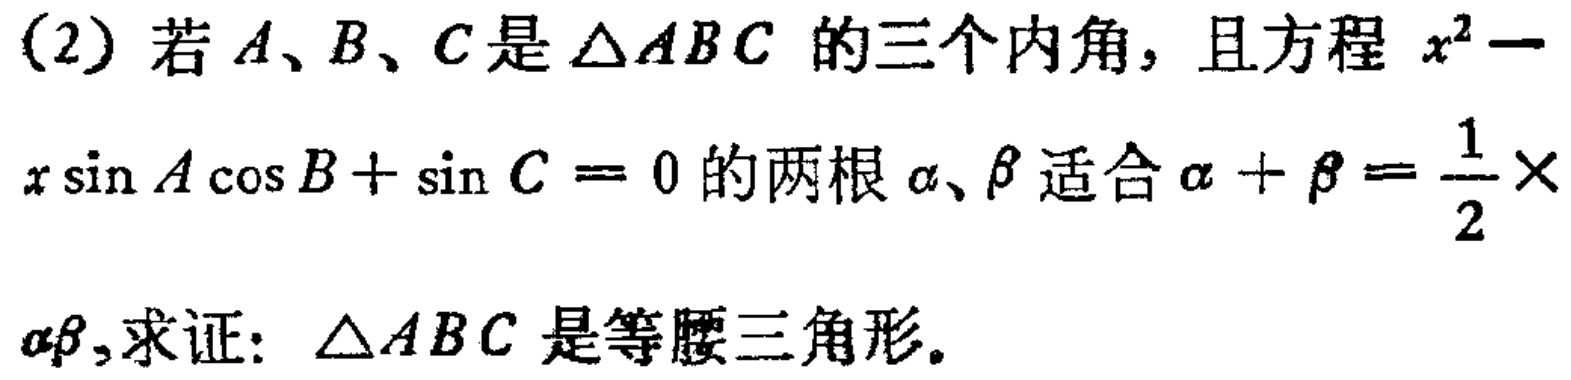
(2) 若 \(A、B、C\) 是 \(\triangle ABC\) 的三个内角，且方程 \(x^{2}-x\sin A\cos B + \sin C = 0\) 的两根 \(\alpha、\beta\) 适合 \(\alpha + \beta=\frac{1}{2}\times\alpha\beta\)，求证：\(\triangle ABC\) 是等腰三角形。